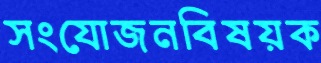
সংযোজনবিষয়ক